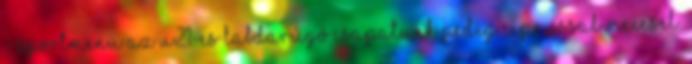
- Sportmenü Az U21-es labdarúgó csapatunk pedig Ciprussal meccsel.